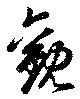
観